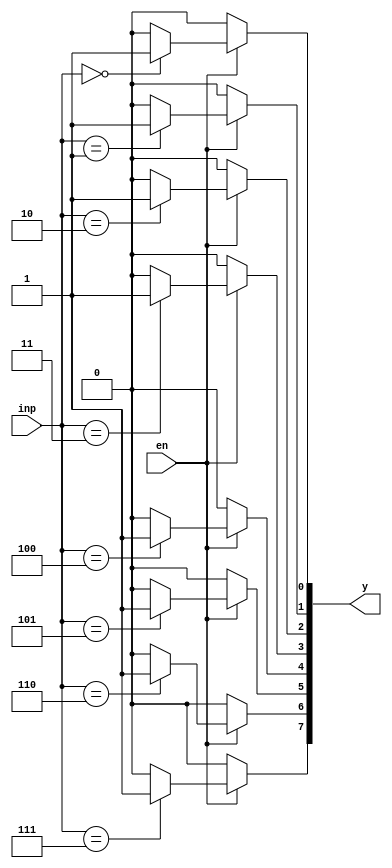
module dec3to8(en,inp,y);
input en;
input [2:0]inp;
output reg [7:0]y;
integer i;
always@(en,inp)
	begin
		if(en==1)
			begin
			for(i=0;i<=7;i=i+1)
				begin
					if(inp == i)
					y[i] = 1;
					else
					y[i] =0;
				end
			end
		else y=8'b00000000;
	end
endmodule